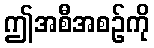
ဤအစီအစဉ်ကို